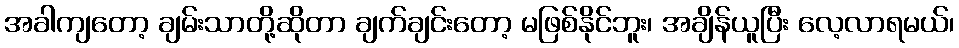
အခါကျတော့ ချမ်းသာတို့ဆိုတာ ချက်ချင်းတော့ မဖြစ်နိုင်ဘူး၊ အချိန်ယူပြီး လေ့လာရမယ်၊